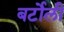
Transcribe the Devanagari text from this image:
बर्टोली